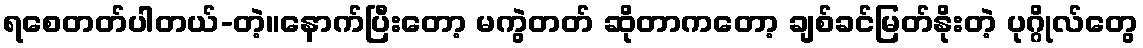
ရစေတတ်ပါတယ်-တဲ့။နောက်ပြီးတော့ မကွဲတတ် ဆိုတာကတော့ ချစ်ခင်မြတ်နိုးတဲ့ ပုဂ္ဂိုလ်တွေ